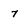
Character: 7